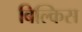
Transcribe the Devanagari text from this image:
बिल्किस